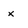
Character: x